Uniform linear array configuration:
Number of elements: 4
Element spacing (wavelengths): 0.75
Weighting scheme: binomial
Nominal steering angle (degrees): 0
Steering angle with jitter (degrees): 0.009827
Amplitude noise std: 0.05
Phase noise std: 0.05

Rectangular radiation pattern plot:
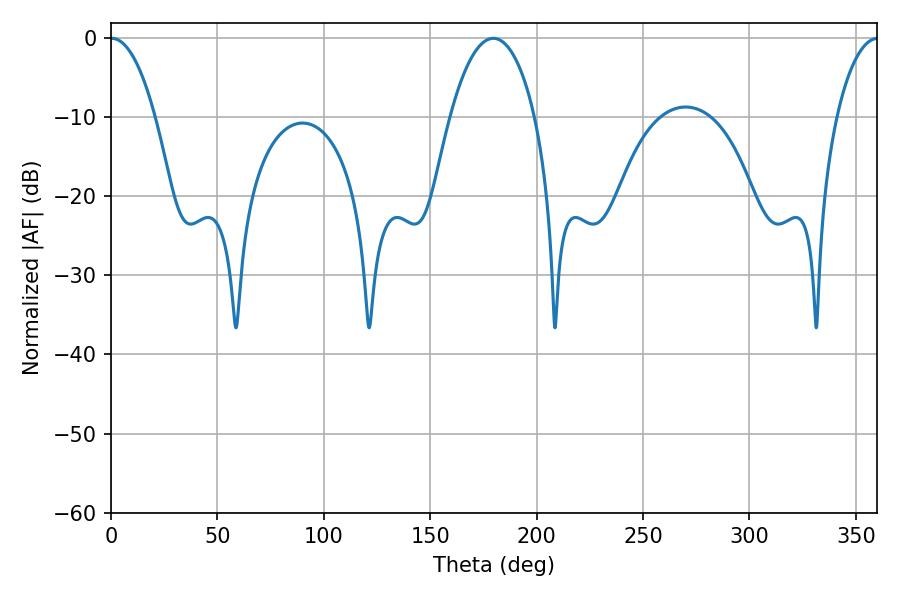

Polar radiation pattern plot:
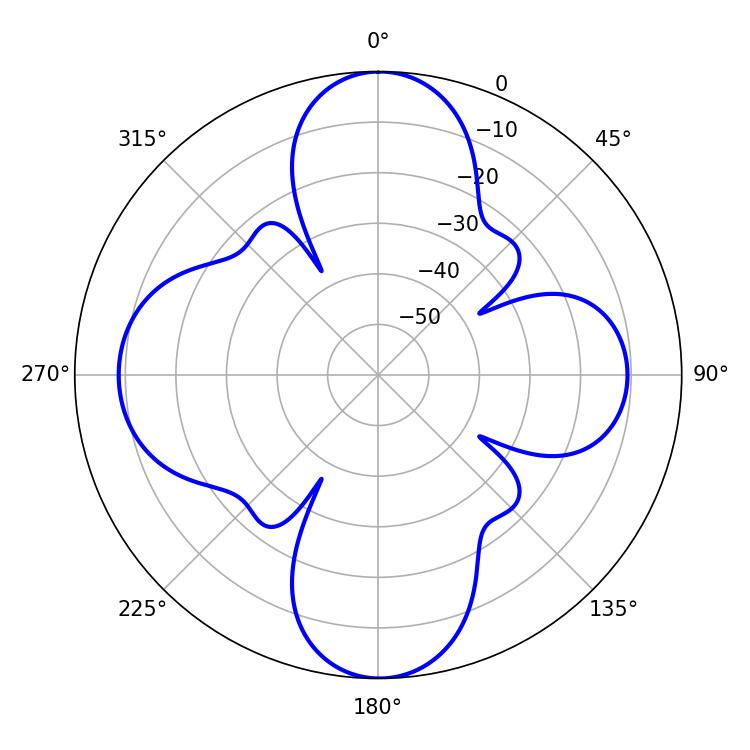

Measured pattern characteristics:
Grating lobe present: TRUE
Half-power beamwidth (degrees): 11.7
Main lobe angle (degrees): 0.36